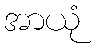
အာယုံ